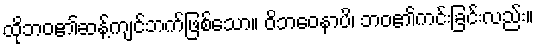
ထိုဘဝ၏ဆန့်ကျင်ဘက်ဖြစ်သော။ ဝိဘဝေနာပိ၊ ဘဝ၏ကင်းခြင်းလည်း။